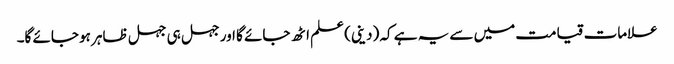
علامات قیامت میں سے یہ ہے کہ (دینی) علم اٹھ جائے گا اور جہل ہی جہل ظاہر ہو جائے گا۔